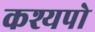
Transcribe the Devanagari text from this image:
कश्यपो